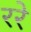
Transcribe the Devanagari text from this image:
ररे